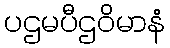
ပဌမပီဌဝိမာနံ